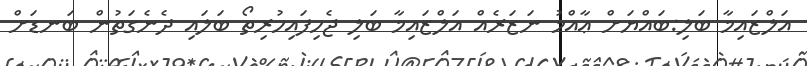
އަލްޒައިމާ ބަލި:ބައްޔަށް ޢާއްމު ނަޒަރެއް އަލްޒައިމާ ބަލި ޖެހިފައިހުރިތޯ ބަލައި ދެނެގަތުން ބަނޑަށް